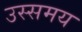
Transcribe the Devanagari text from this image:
उस्समय